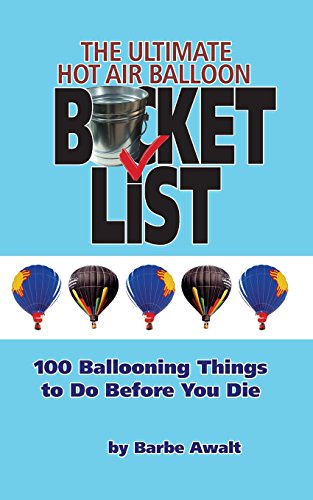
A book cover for The Ultimate Hot Air Balloon Bucket List; Barbe Awalt; Sports & Outdoors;